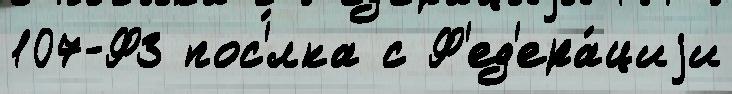
107-ФЗ пос'́лка с Ф'ед'ера́циjи